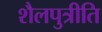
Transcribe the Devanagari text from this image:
शैलपुत्रीति